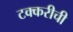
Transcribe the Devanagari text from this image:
टक्करीची